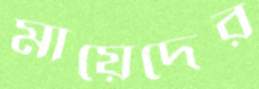
মায়েদের